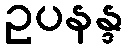
ဥပနန္ဒ